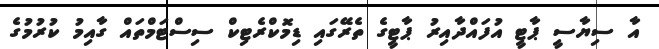
އާ ސިޔާސީ ޕާޓީ އުފައްދާއިރު ޕާޓީގެ ތެރޭގައި ޑިމޮކްރެޓިކް ސިސްޓަމްތައް ގާއިމު ކުރުމުގެ